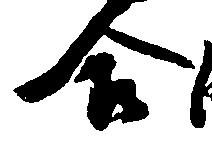
合